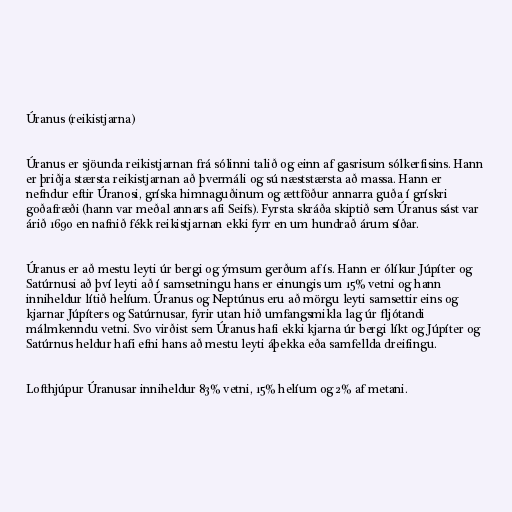
Úranus (reikistjarna)

Úranus er sjöunda reikistjarnan frá sólinni talið og einn af gasrisum sólkerfisins. Hann
er þriðja stærsta reikistjarnan að þvermáli og sú næststærsta að massa. Hann er
nefndur eftir Úranosi, gríska himnaguðinum og ættföður annarra guða í grískri
goðafræði (hann var meðal annars afi Seifs). Fyrsta skráða skiptið sem Úranus sást var
árið 1690 en nafnið fékk reikistjarnan ekki fyrr en um hundrað árum síðar.

Úranus er að mestu leyti úr bergi og ýmsum gerðum af ís. Hann er ólíkur Júpíter og
Satúrnusi að því leyti að í samsetningu hans er einungis um 15% vetni og hann
inniheldur lítið helíum. Úranus og Neptúnus eru að mörgu leyti samsettir eins og
kjarnar Júpíters og Satúrnusar, fyrir utan hið umfangsmikla lag úr fljótandi
málmkenndu vetni. Svo virðist sem Úranus hafi ekki kjarna úr bergi líkt og Júpíter og
Satúrnus heldur hafi efni hans að mestu leyti áþekka eða samfellda dreifingu.

Lofthjúpur Úranusar inniheldur 83% vetni, 15% helíum og 2% af metani.